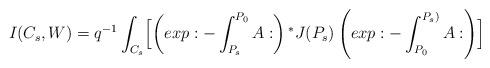
LaTeX: \begin{align*}I(C_s,W)=q^{-1}\int _{C_s}\Bigl[\left(exp:-\int_{P_s}^{P_0}A:\right){^*J}(P_s)\left(exp:-\int_{P_0}^{P_s)}A:\right)\Bigr]\end{align*}